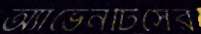
অ্যাভেনটিসের